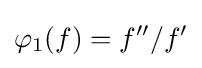
\varphi _{1}(f)=f''/f'